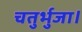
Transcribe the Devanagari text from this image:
चतुर्भुजा।